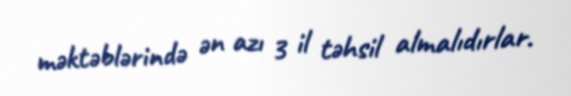
məktəblərində ən azı 3 il təhsil almalıdırlar.